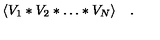
\langle V _ { 1 } \ast V _ { 2 } \ast \dots \ast V _ { N } \rangle \quad .